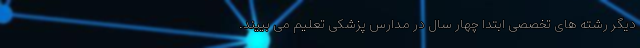
دیگر رشته های تخصصی ابتدا چهار سال در مدارس پزشکی تعلیم می بییند.